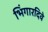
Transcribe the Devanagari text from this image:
भिंगारदिवे